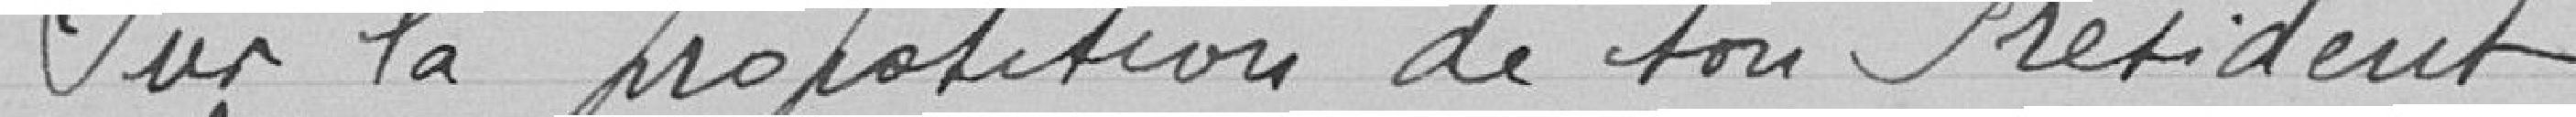
Sur la proposition de son Président.